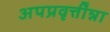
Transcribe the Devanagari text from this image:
अपप्रवृत्तींन्ना